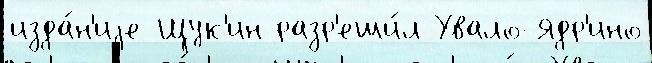
изда́н'иjе Щук'ин разр'еши́л Увало-Ядр'ино